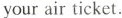
your air ticket.